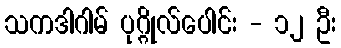
သကဒါဂါမ် ပုဂ္ဂိုလ်ပေါင်း - ၁၂ ဦး